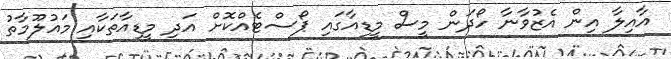
އާއިލާ އިން އެޒުވާނާ ހޯދަން މީސް މީޑިއާގައި ޕޯސްޓެއްކޮށް އަދި މީޑިއާތަކާއި މައުލޫމާތު